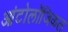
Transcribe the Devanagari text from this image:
आंटोलॉजिकल